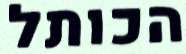
הכותל